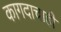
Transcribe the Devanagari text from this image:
कागदाचाही